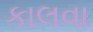
કાલવા